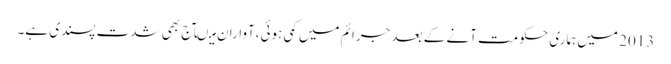
2013 میں ہماری حکومت آنے کے بعد جرائم میں کمی ہوئی،آواران میںآج بھی شدت پسندی ہے۔